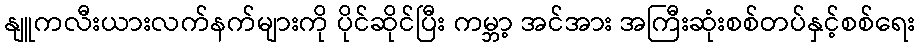
နျူကလီးယားလက်နက်များကို ပိုင်ဆိုင်ပြီး ကမ္ဘာ့ အင်အား အကြီးဆုံးစစ်တပ်နှင့်စစ်ရေး